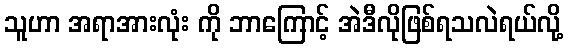
သူဟာ အရာအားလုံး ကို ဘာကြောင့် အဲဒီလိုဖြစ်ရသလဲရယ်လို့